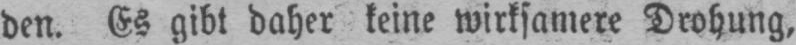
den. Es gibt daher keine wirksamere Drohung,